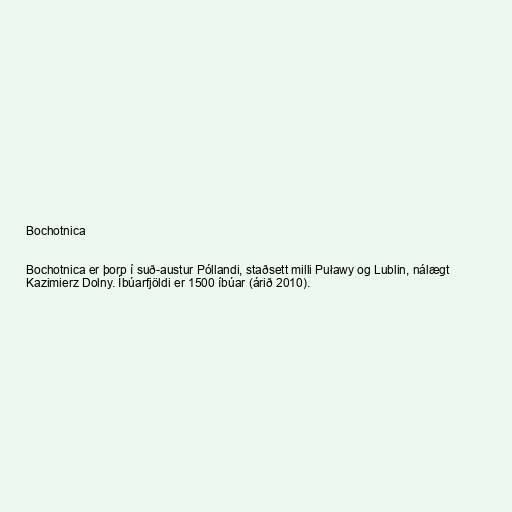
Bochotnica

Bochotnica er þorp í suð-austur Póllandi, staðsett milli Puławy og Lublin, nálægt
Kazimierz Dolny. Íbúarfjöldi er 1500 íbúar (árið 2010).